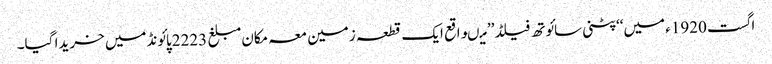
اگست 1920ء میں‘‘پٹنی سائوتھ فیلڈ’’ میںواقع ایک قطعہ زمین معہ مکان مبلغ 2223پائونڈمیں خریدا گیا۔